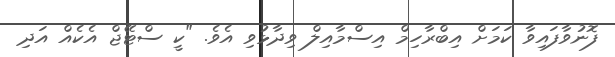
ފޮނުވާފައިވާ ކަމަށް އިބްރާހިމް އިސްމާއިލް ވިދާޅުވި އެވެ. "ކީ ސްޓޭޖް އެކެއް އަދި